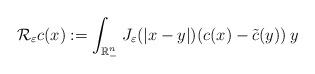
LaTeX: \begin{align*}\mathcal{R}_\varepsilon c(x) := \int_{\mathbb{R}^n_-}J_\varepsilon(|x-y|)(c(x)-\tilde{c}(y))\:y\end{align*}